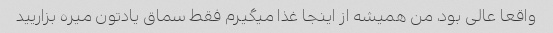
واقعا عالی بود، من همیشه از اینجا غذا میگیرم فقط سماق یادتون میره بزاریید